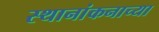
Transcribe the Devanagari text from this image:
स्थानांकनाच्या